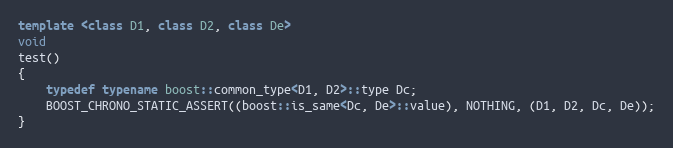
Language: C++
template <class D1, class D2, class De>
void
test()
{
    typedef typename boost::common_type<D1, D2>::type Dc;
    BOOST_CHRONO_STATIC_ASSERT((boost::is_same<Dc, De>::value), NOTHING, (D1, D2, Dc, De));
}